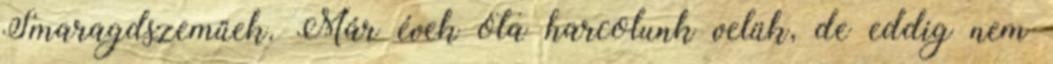
Smaragdszeműek. Már évek óta harcolunk velük, de eddig nem